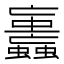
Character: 𧕕